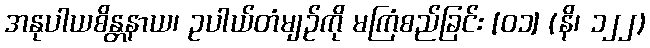
အနုပါယစိန္တနာယ၊ ဥပါယ်တံမျဉ်ကို မကြံစည်ခြင်း [၀၁] (နိ၊ ၁၂၂)